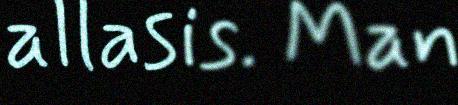
allasis. Man